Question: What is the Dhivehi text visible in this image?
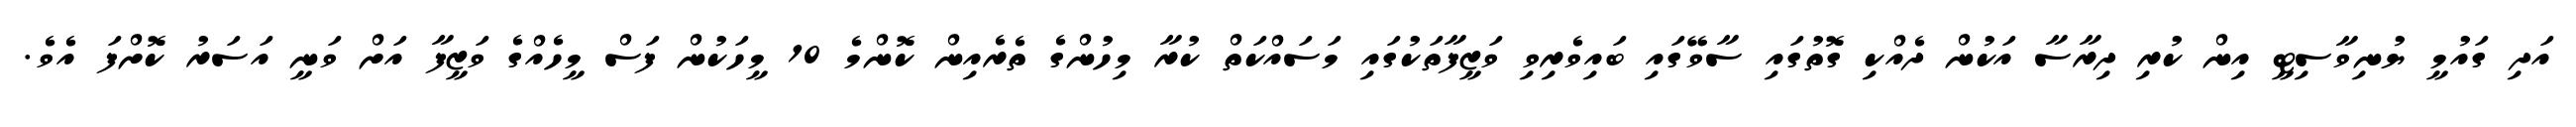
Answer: އަދި ގައުމީ ޔުނިވާސިޓީ އިން ކުރި ދިރާސާ އަކުން ދެއްކި ގޮތުގައި ސާވޭގައި ބައިވެރިވި ވަޒީފާތަކުގައި މަސައްކަތް ކުރާ މިހުންގެ ތެރެއިން ކޮންމެ 10 މީހަކުން ފަސް މީހެއްގެ ވަޒީފާ އަށް ވަނީ އަސަރު ކޮށްފަ އެވެ.